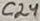
Text: C24